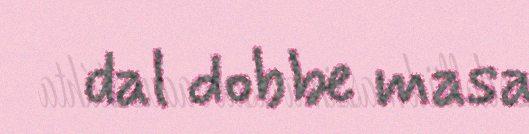
dal dobbe masa